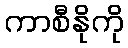
ကာစီနိုကို